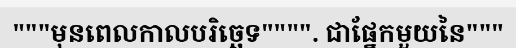
"""មុនពេលកាលបរិច្ឆេទ"""". ជាផ្នែកមួយនៃ"""